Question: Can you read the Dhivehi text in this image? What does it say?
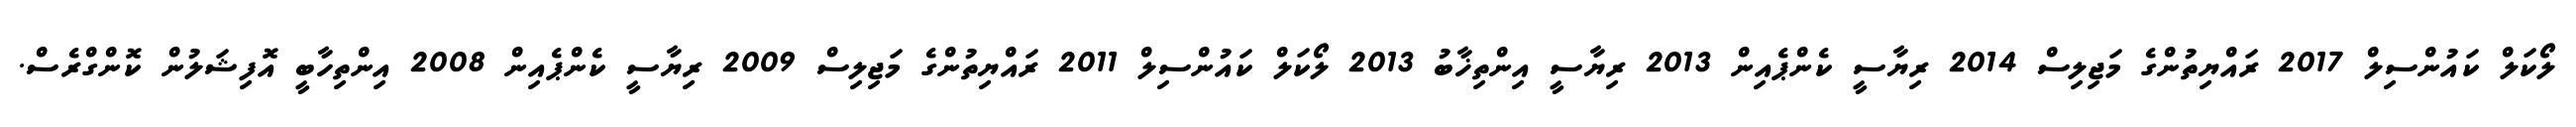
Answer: ލޯކަލް ކައުންސިލް 2017 ރައްޔިތުންގެ މަޖިލިސް 2014 ރިޔާސީ ކެންޕެއިން 2013 ރިޔާސީ އިންތިޚާބު 2013 ލޯކަލް ކައުންސިލް 2011 ރައްޔިތުންގެ މަޖިލިސް 2009 ރިޔާސީ ކެންޕެއިން 2008 އިންތިހާބީ އޮފިޝަލުން ކޮންގްރެސް.